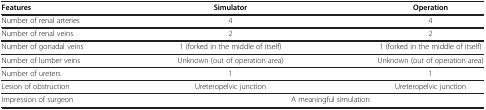
<table><thead><tr><td><b>Features</b></td><td><b>Simulator</b></td><td><b>Operation</b></td></tr></thead><tbody><tr><td>Number of renal arteries</td><td>4</td><td>4</td></tr><tr><td>Number of renal veins</td><td>2</td><td>2</td></tr><tr><td>Number of gonadal veins</td><td>1 (forked in the middle of itself)</td><td>1 (forked in the middle of itself)</td></tr><tr><td>Number of lumber veins</td><td>Unknown (out of operation area)</td><td>Unknown (out of operation area)</td></tr><tr><td>Number of ureters</td><td>1</td><td>1</td></tr><tr><td>Lesion of obstruction</td><td>Ureteropelvic junction</td><td>Ureteropelvic junction</td></tr><tr><td>Impression of surgeon</td><td colspan="2">A meaningful simulation</td></tr></tbody></table>